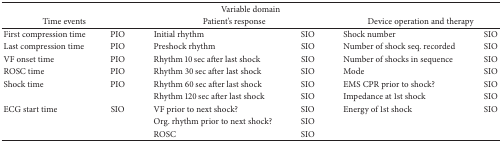
<table><thead><tr><td colspan="6"><b>Variable domain</b></td></tr><tr><td colspan="2"><b>Time events</b></td><td colspan="2"><b>Patient&#x27;s response</b></td><td colspan="2"><b>Device operation and therapy</b></td></tr></thead><tbody><tr><td>First compression time</td><td>PIO</td><td>Initial rhythm</td><td>SIO</td><td>Shock number</td><td>SIO</td></tr><tr><td>Last compression time</td><td>PIO</td><td>Preshock rhythm </td><td>SIO</td><td>Number of shock seq. recorded</td><td>SIO</td></tr><tr><td>VF onset time</td><td>PIO</td><td>Rhythm 10 sec after last shock</td><td>SIO</td><td>Number of shocks in sequence</td><td>SIO</td></tr><tr><td>ROSC time</td><td>PIO</td><td>Rhythm 30 sec after last shock</td><td>SIO</td><td>Mode</td><td>SIO</td></tr><tr><td>Shock time</td><td>PIO</td><td>Rhythm 60 sec after last shock</td><td>SIO</td><td>EMS CPR prior to shock?</td><td>SIO</td></tr><tr><td> </td><td> </td><td>Rhythm 120 sec after last shock</td><td>SIO</td><td>Impedance at 1st shock</td><td>SIO</td></tr><tr><td>ECG start time</td><td>SIO</td><td>VF prior to next shock?</td><td>SIO</td><td>Energy of 1st shock</td><td>SIO</td></tr><tr><td> </td><td> </td><td>Org. rhythm prior to next shock?</td><td>SIO</td><td> </td><td> </td></tr><tr><td> </td><td> </td><td>ROSC</td><td>SIO</td><td> </td><td> </td></tr></tbody></table>